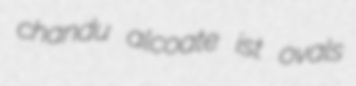
chandu alcoate ist ovals